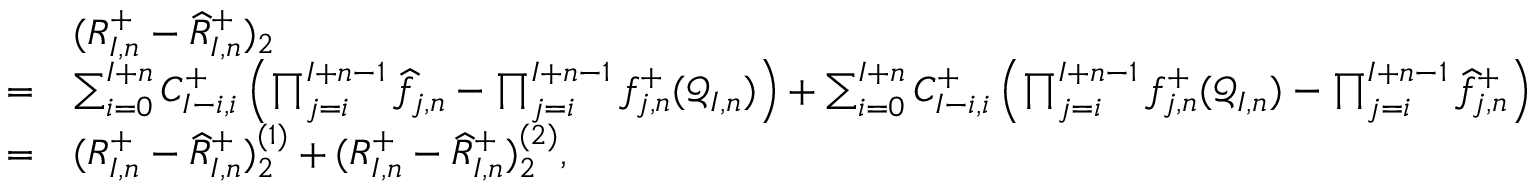
\begin{array} { r l } & { ( R _ { I , n } ^ { + } - \widehat { R } _ { I , n } ^ { + } ) _ { 2 } } \\ { = } & { \sum _ { i = 0 } ^ { I + n } C _ { I - i , i } ^ { + } \left( \prod _ { j = i } ^ { I + n - 1 } \widehat f _ { j , n } - \prod _ { j = i } ^ { I + n - 1 } f _ { j , n } ^ { + } ( \mathcal { Q } _ { I , n } ) \right) + \sum _ { i = 0 } ^ { I + n } C _ { I - i , i } ^ { + } \left( \prod _ { j = i } ^ { I + n - 1 } f _ { j , n } ^ { + } ( \mathcal { Q } _ { I , n } ) - \prod _ { j = i } ^ { I + n - 1 } \widehat { f } _ { j , n } ^ { + } \right) } \\ { = } & { ( R _ { I , n } ^ { + } - \widehat { R } _ { I , n } ^ { + } ) _ { 2 } ^ { ( 1 ) } + ( R _ { I , n } ^ { + } - \widehat { R } _ { I , n } ^ { + } ) _ { 2 } ^ { ( 2 ) } , } \end{array}